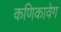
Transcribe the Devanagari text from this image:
कणिकावेग